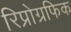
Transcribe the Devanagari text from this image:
रिप्रोग्रफिक